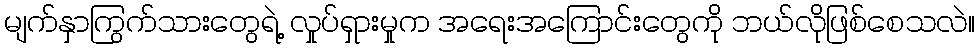
မျက်နှာကြွက်သားတွေရဲ့ လှုပ်ရှားမှုက အရေးအကြောင်းတွေကို ဘယ်လိုဖြစ်စေသလဲ။